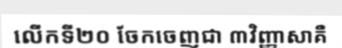
លើកទី២០ ចែកចេញជា ៣វិញ្ញាសាគឺ